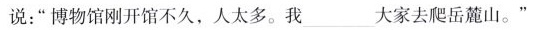
说：”博物馆刚开馆不久，人太多。我___大家去爬岳麓山。”